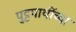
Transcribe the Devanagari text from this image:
पुट्टपार्थीच्या